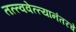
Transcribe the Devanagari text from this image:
तत्त्ववेत्त्यानंतरचे